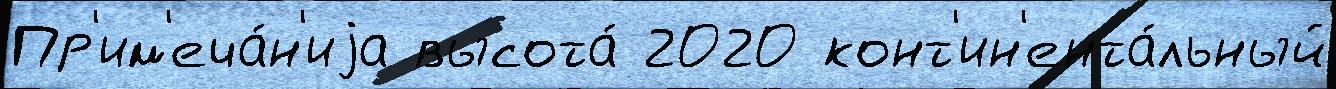
Пр'им'еча́н'иjа высота́ 2020 конт'ин'ента́льный